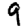
Digit: 9